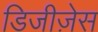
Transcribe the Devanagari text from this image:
डिजीज़ेस